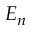
E _ { n }